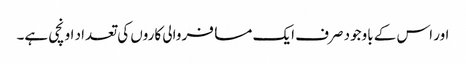
اور اس کے باوجود صرف ایک مسافر والی کاروں کی تعداد اونچی ہے۔